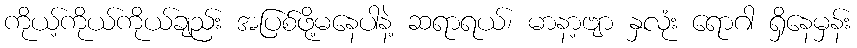
ကိုယ့်ကိုယ်ကိုယ်ချည်း အပြစ်ဖို့မနေပါနဲ့ ဆရာရယ်၊ မာနာ့ဗျာ နှလုံး ရောဂါ ရှိနေမှန်း